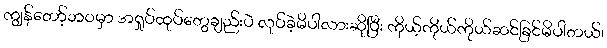
ကျွန်တော့်ဘဝမှာ အရှုပ်ထုပ်တွေချည်းပဲ လုပ်ခဲ့မိပါလားဆိုပြီး ကိုယ့်ကိုယ်ကိုယ်ဆင်ခြင်မိပါတယ်၊